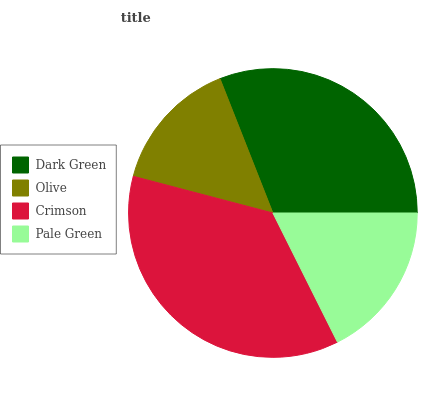
| Dark Green | Olive | Crimson | Pale Green |
 | --- | --- | --- | --- |
 | 31% | 14.9% | 36.4% | 17.6% |